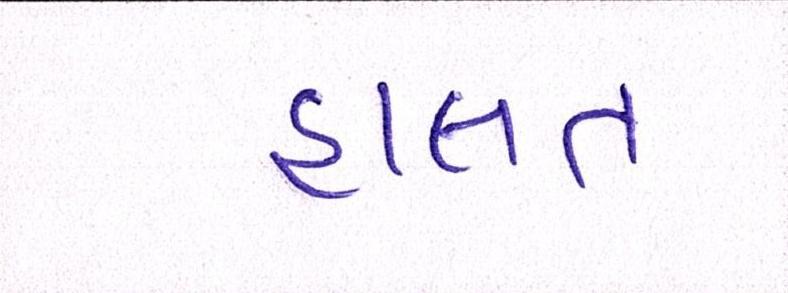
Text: હાલત